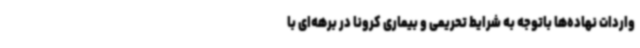
واردات نهاده‌ها باتوجه به شرایط تحریمی و بیماری کرونا در برهه‌ای با